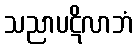
သညာပဋိလာဘံ